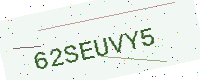
Text: 62SEUVY5